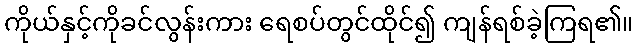
ကိုယ်နှင့်ကိုခင်လွန်းကား ရေစပ်တွင်ထိုင်၍ ကျန်ရစ်ခဲ့ကြရ၏။